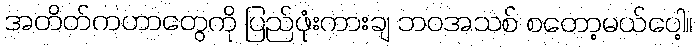
အတိတ်ကဟာတွေကို ပြည်ဖုံးကားချ ဘဝအသစ် စတော့မယ်ပေါ့။